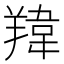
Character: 䍷